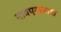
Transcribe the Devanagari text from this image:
नावप्रकारात